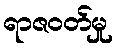
ရာဇဝတ်မှု